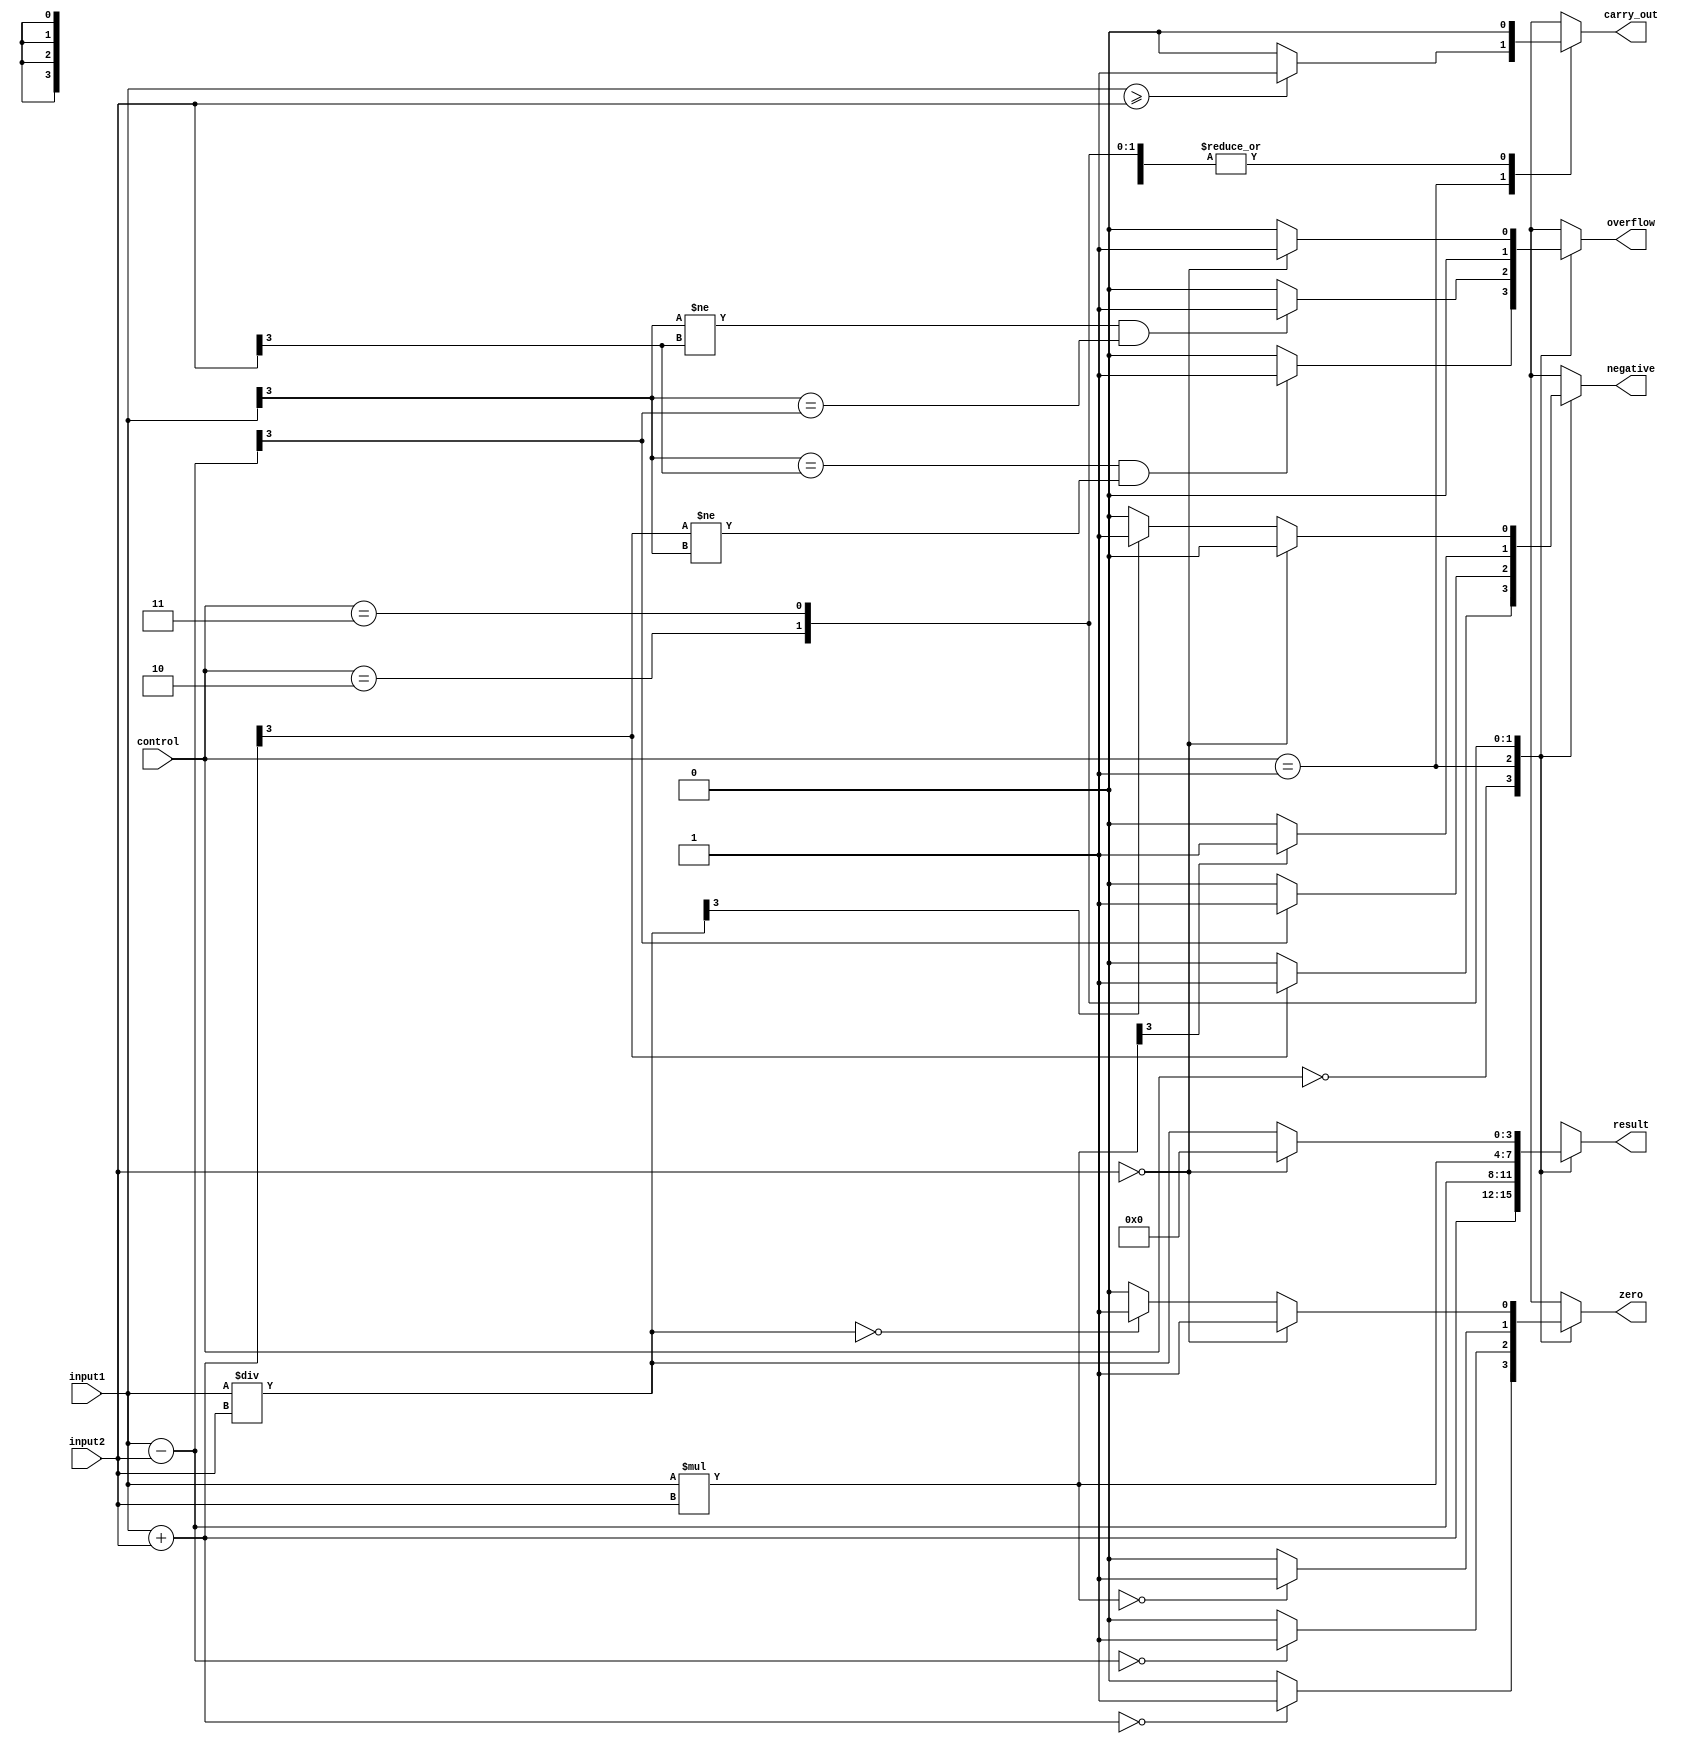
module ALU(
    input [3:0] input1,
    input [3:0] input2,
    input [1:0] control,
    output reg[3:0] result,
    output reg carry_out,
    output reg overflow,
    output reg zero,
    output reg negative
);

always @(*)
begin
    case(control)
        2'b00: begin // Addition
            result = input1 + input2;
            carry_out = (result[4] == 1) ? 1 : 0;
            overflow = (input1[3] == input2[3] && result[3] != input1[3]) ? 1 : 0;
            zero = (result == 4'b0000) ? 1 : 0;
            negative = (result[3] == 1) ? 1 : 0;
        end
        2'b01: begin // Subtraction
            result = input1 - input2;
            carry_out = (input1 >= input2) ? 1 : 0;
            overflow = (input1[3] != input2[3] && input1[3] == result[3]) ? 1 : 0;
            zero = (result == 4'b0000) ? 1 : 0;
            negative = (result[3] == 1) ? 1 : 0;
        end
        2'b10: begin // Multiplication
            result = input1 * input2;
            carry_out = 0;
            overflow = 0;
            zero = (result == 4'b0000) ? 1 : 0;
            negative = (result[3] == 1) ? 1 : 0;
        end
        2'b11: begin // Division
            if(input2 == 4'b0000)
            begin
                result = 4'b0000;
                carry_out = 0;
                overflow = 1;
                zero = 1;
                negative = 0;
            end
            else
            begin
                result = input1 / input2;
                carry_out = 0;
                overflow = 0;
                zero = (result == 4'b0000) ? 1 : 0;
                negative = (result[3] == 1) ? 1 : 0;
            end
        end
    endcase
end

endmodule